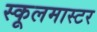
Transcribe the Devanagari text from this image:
स्कूलमास्टर